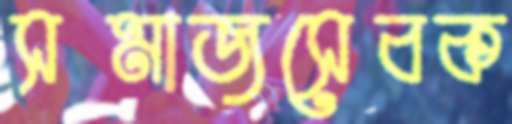
সমাজসেবক